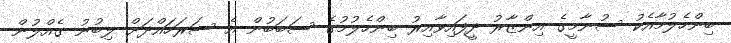
ބިންހެލުމާއެކު ސުނާމީގެ އިންޒާރު ދީފައިވާއިރު ބިންހެލުމުގެ ސަބަބުން އެ ސަރަހައްދަށް ލިބުނު ގެއްލުން